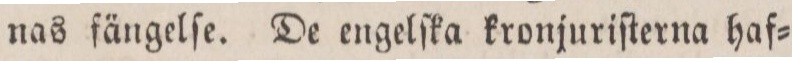
nas fängelſe. De engelſka kronjuriſterna haf=